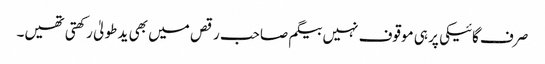
صرف گائیکی پر ہی موقوف نہیں بیگم صاحب رقص میں بھی ید طولیٰ رکھتی تھیں۔